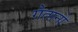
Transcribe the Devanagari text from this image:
गैतानो